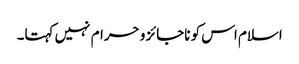
اسلام اس کو ناجائز و حرام نہیں کہتا۔